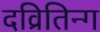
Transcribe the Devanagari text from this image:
दव्रितिन्ग